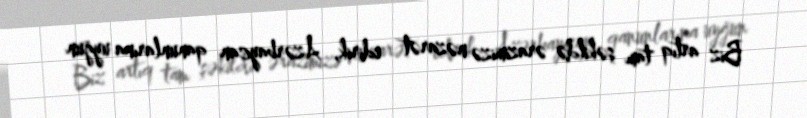
Biz artıq tam şəkildə ərazimizə nəzarət edirik, Azərbaycan qanunlarına uyğun